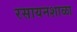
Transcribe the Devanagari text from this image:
रसायनशाळा